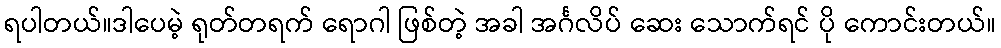
ရပါတယ်။ဒါပေမဲ့ ရုတ်တရက် ရောဂါ ဖြစ်တဲ့ အခါ အင်္ဂလိပ် ဆေး သောက်ရင် ပို ကောင်းတယ်။